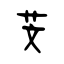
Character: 芠